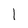
Character: W